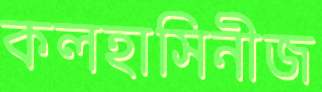
কলহাসিনীজ